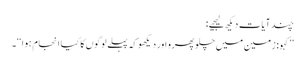
چند آیات دیکھ لیجیے:
’’کہو: زمین میں چلو پھرو اور دیکھو کہ پہلے لوگوں کا کیا انجام ہوا‘‘۔